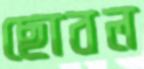
ছোবল